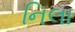
નિલા